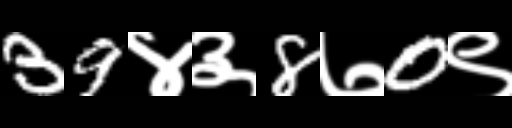
Text: 39४३8७0९